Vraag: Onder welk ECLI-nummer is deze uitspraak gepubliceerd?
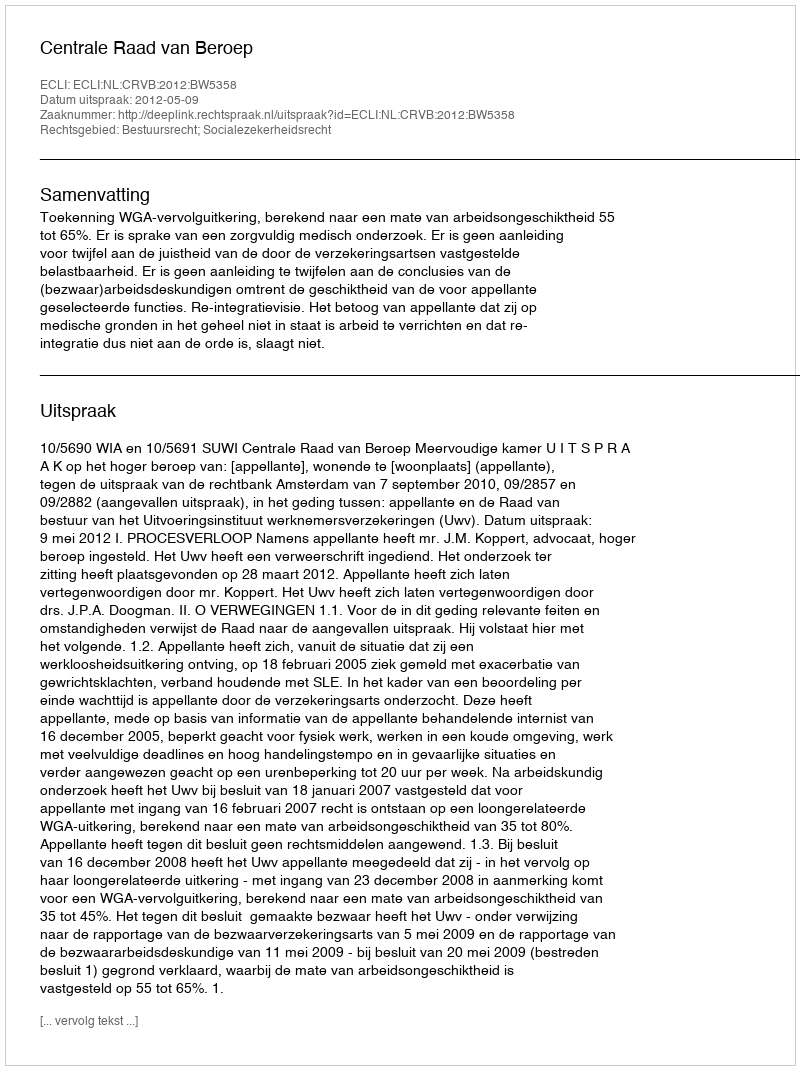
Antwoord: ECLI:NL:CRVB:2012:BW5358